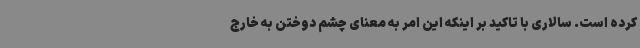
کرده است. سالاری با تاکید بر اینکه این امر به معنای چشم دوختن به خارج